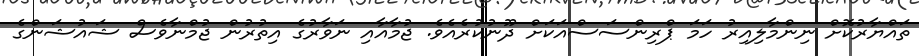
ތައްޔާރުކޮށް ނިންމާލިއިރު ހަމަ ޕްރިންސަސްއަކަށް ދޫނުކުރެއެވެ. ޖުމާއާއި ނަވާރުގެ އިތުރުން ޖުމްނާވެސް ޝައުޝަންގެ